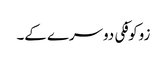
زوکوفکی دوسرے کے۔